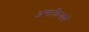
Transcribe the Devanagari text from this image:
अन्तःक्रियायें